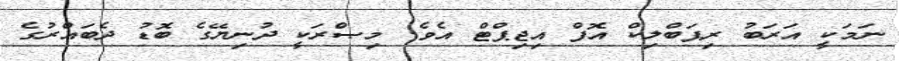
ނަމަކީ އަރަބު ރިޕަބްލިކް އޮފް އިޖިޕްޓް އެވެ. މިޞްރަކީ ދުނިޔޭގެ ބޮޑު ދެބައްރުގެ